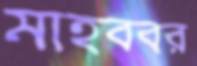
মাহববর